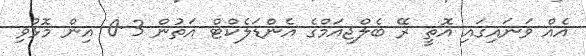
އެއް ވަނައިގައި އޮތީ ރޭ ބެލްޖިއަމްގެ އެންޑަލެކްޓް އަތުން 3-0 އިން މޮޅުވި